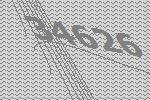
34626